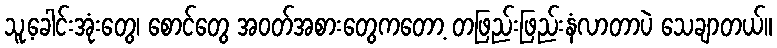
သူ့ခေါင်းအုံးတွေ၊ စောင်တွေ အဝတ်အစားတွေကတော့ တဖြည်းဖြည်းနံလာတာပဲ သေချာတယ်။